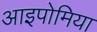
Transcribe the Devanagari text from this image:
आइपोमिया